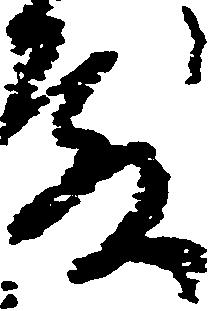
殿